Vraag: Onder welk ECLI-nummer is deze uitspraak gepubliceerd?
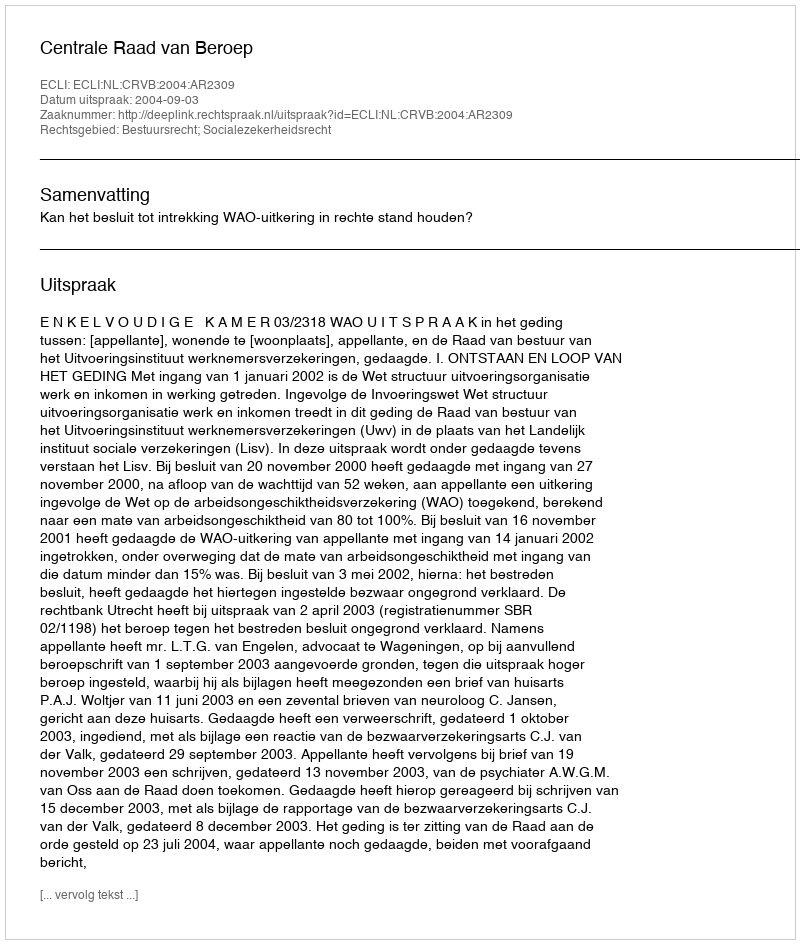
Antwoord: ECLI:NL:CRVB:2004:AR2309